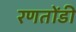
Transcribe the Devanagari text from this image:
रणतोंडी